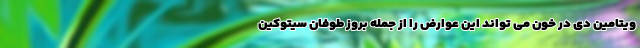
ویتامین دی در خون می تواند این عوارض را از جمله بروز طوفان سیتوکین